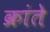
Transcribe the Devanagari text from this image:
क्रांते